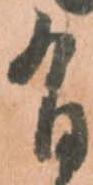
有